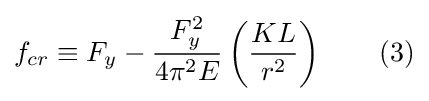
f_{cr}\equiv {F_{y}}-{\frac {F_{y}^{2}}{4\pi ^{2}E}}\left({\frac {KL}{r^{2}}}\right)\qquad (3)